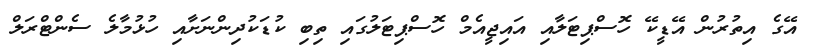
އޭގެ އިތުރުން އޭޑީކޭ ހޮސްޕިޓަލާއި އައިޖީއެމް ހޮސްޕިޓަލުގައި ތިބި ކުޑަކުދިންނަށާއި ހުޅުމާލެ ސެންޓްރަލް